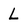
Character: L